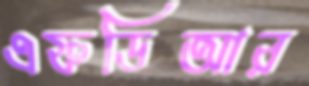
এফডিআর